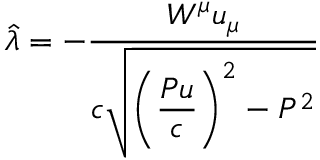
\hat { \lambda } = - \frac { W ^ { \mu } u _ { \mu } } { \displaystyle c \sqrt { \left( \frac { P u } { c } \right) ^ { 2 } - P ^ { 2 } } }